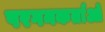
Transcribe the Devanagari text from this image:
परगनकर्ताओं